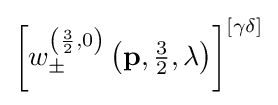
\left[w_{\pm }^{\left({\frac {3}{2}},0\right)}\left({\mathbf {p} },{\tfrac {3}{2}},\lambda \right)\right]^{[\gamma \delta ]}